Indian journal of veterinary science and animal husbandry - Volume 4,
Year: 1934
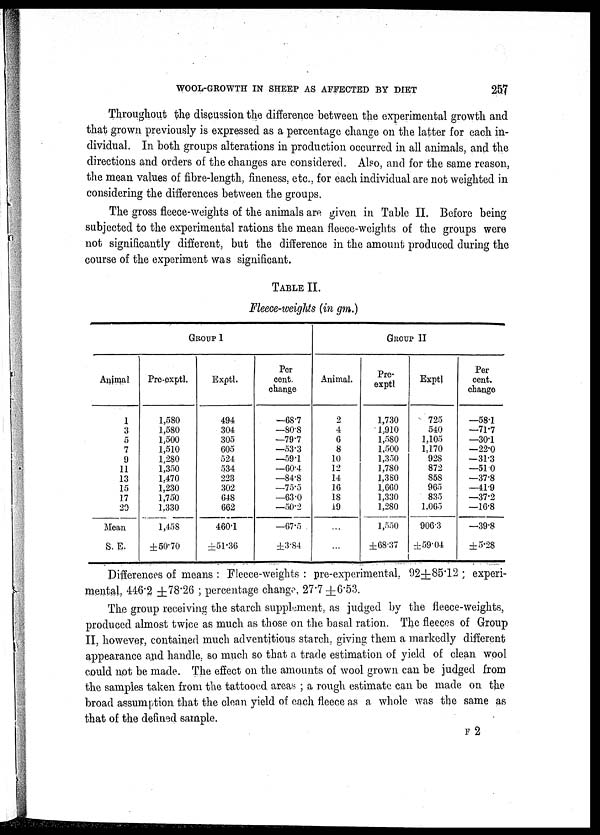
WOOL-GROWTH IN SHEEP AS AFFECTED BY DIET
257
Throughout the discussion the difference between the experimental growth and
that grown previously is expressed as a percentage change on the latter for each in-
dividual. In both groups alterations in production occurred in all animals, and the
directions and orders of the changes are considered. Also, and for the same reason,
the mean values of fibre-length, fineness, etc., for each individual are not weighted in
considering the differences between the groups.
The gross fleece-weights of the animals are given in Table II. Before being-
subjected to the experimental rations the mean fleece-weights of the groups were
not significantly different, but the difference in the amount produced during the
course of the experiment was significant.
TABLE II.
Fleece-weights (in gm.)
GROUP I
Animal
1
3
5
7
9
11
13
15
17
20
Mean
S. E.
Pre-exptl.
1,580
1,580
1,500
1,510
1,280
1,350
1.470
1,230
1,750
1,330
1,458
±50.70
Exptl.
494
304
305
605
524
534
223
302
648
662
460.1
±51.36
Per
cent.
change
—68.7
—80.8
—79.7
—53.3
—59.1
—60.4
—84.8
—75.5
—63.0
—50.2
—67.5
±3.84
Animal.
2
4
6
8
10
12
14
16
18
19
...
...
GROUP II
Pre.
exptl
1,730
1,910
1,580
1,500
1,350
1,780
1,380
1,660
1,330
1,280
1,550
±68.37
Exptl
725
540
1,105
1,170
928
872
858
965
835
1,065
906.3
±59.04
Per-
cent.
change
—58.1
—71.7
—30.1
—22.0
—31.3
—51.0
—37.8
—41.9
—37.2
—16.8
—39.8
±5.28
Differences of means : Fleece-weights : pre-experimental, 92±85.12 ; experi-
mental, 446.2 ±78.26 ; percentage change, 27.7±6.53.
The group receiving the starch supplement, as judged by the fleece-weights,
produced almost twice as much as those on the basal ration. The fleeces of Group
II, however, contained much adventitious starch, giving them a markedly different
appearance and handle, so much so that a trade estimation of yield of clean wool
could not be made. The effect on the amounts of wool grown can be judged from
the samples taken from the tattooed areas ; a rough estimate can be made on the
broad assumption that the clean yield of each fleece as a whole was the same as
that of the defined sample.
F 2